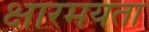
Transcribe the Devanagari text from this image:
क्षारमयता